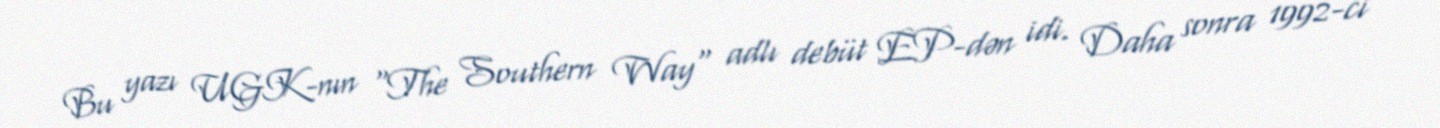
Bu yazı UGK-nın "The Southern Way" adlı debüt EP-dən idi. Daha sonra 1992-ci